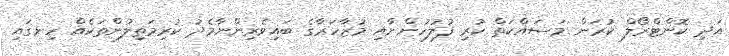
އަދި ކޮންޓްރޯލް ކުރަން މަސައްކަތް ކުރި ފުލުހުންނާއި މުޒާހަރާގެ ބައިވެރިންނާމެދު ކުރިމަތިލުންތަކެއް ހިނގައި